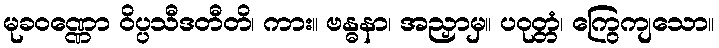
မုခဝဏ္ဏော ဝိပ္ပသီဒတီတိ၊ ကား။ ဗန္ဓနာ၊ အညှာမှ။ ပဝုတ္တံ၊ ကြွေကျသော။